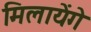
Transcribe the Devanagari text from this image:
मिलायेंगे